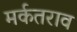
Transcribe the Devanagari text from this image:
मर्कतराव